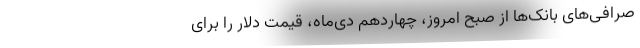
صرافی‌های بانک‌ها از صبح امروز، چهاردهم دی‌ماه، قیمت دلار را برای